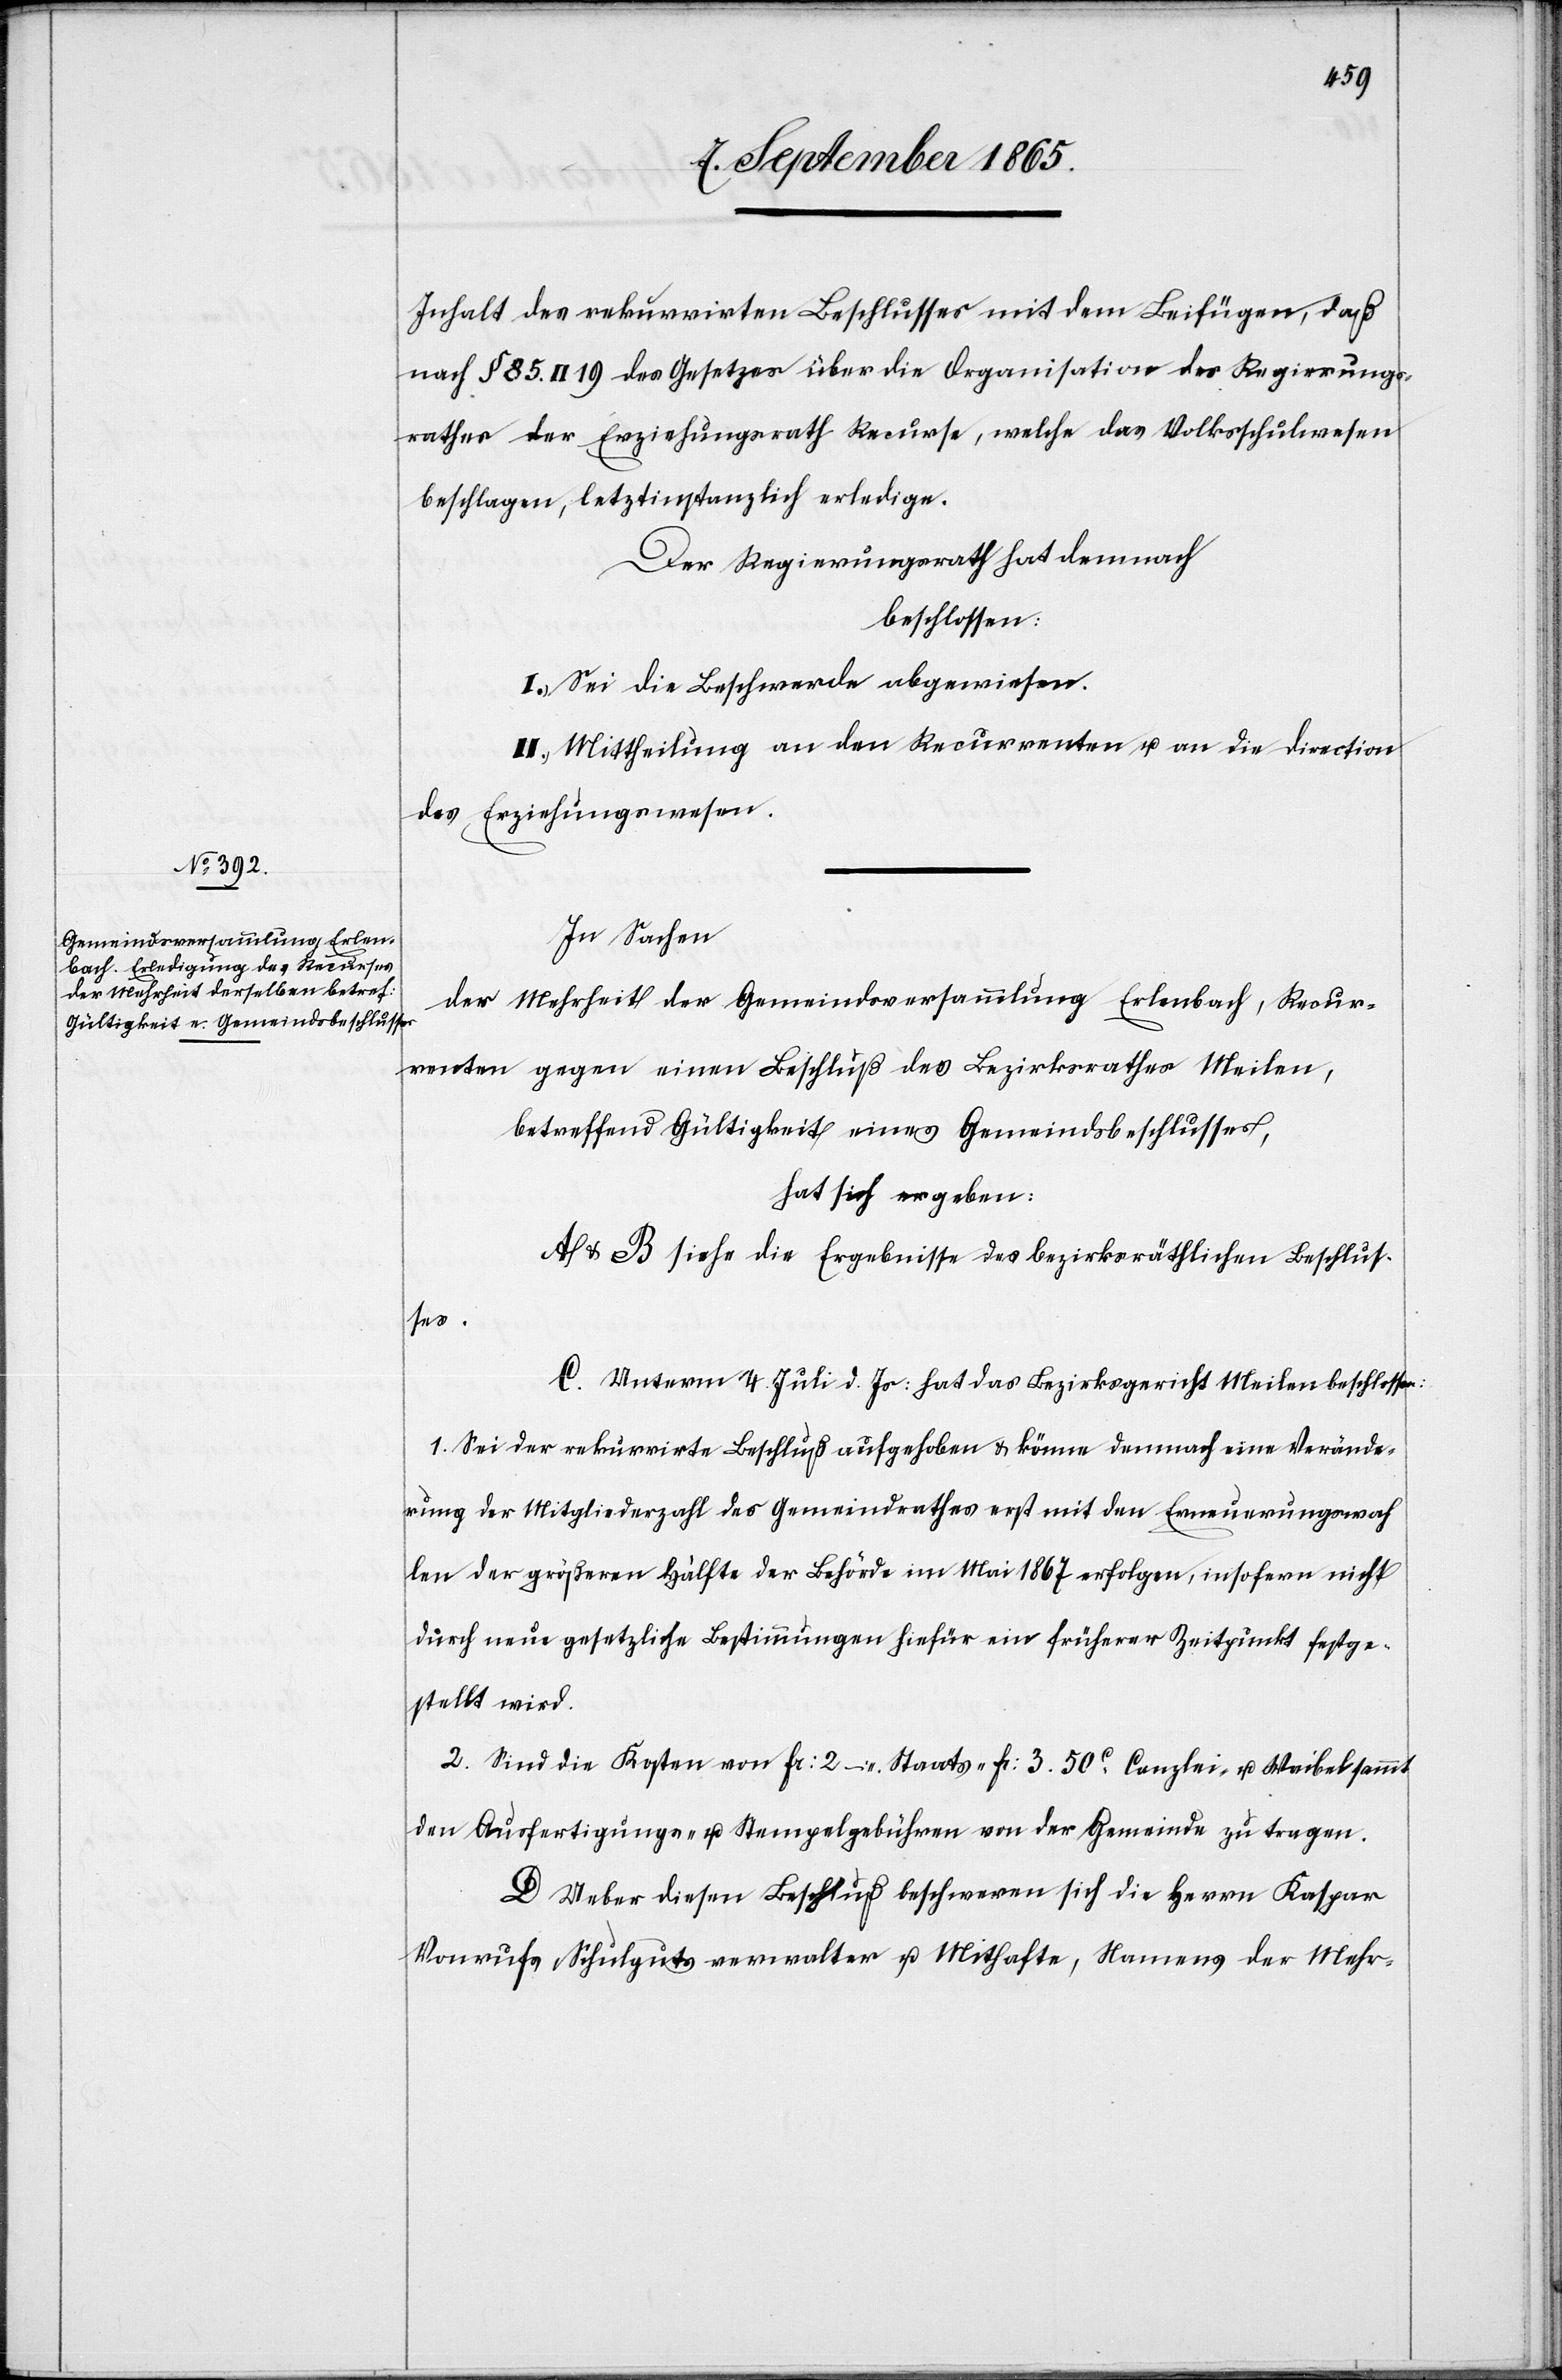
Inhalt des rekurrirten Beschlusses mit dem Beifügen, daß
nach § 85. II 19 des Gesetzes über die Organisation des Regierungs¬
rathes der Erziehungsrath Recurs, welche das Volksschulwesen
beschlagen, letztinstanzlich erledige.
Der Regierungsrath hat demnach
beschlossen:
I. Sei die Beschwerde abgewiesen.
II. Mittheilung an den Recurrenten u. an die Direction
des Erziehungswesens.
In Sachen
der Mehrheit der Gemeindsversammlung Erlenbach, Recur¬
renten gegen einen Beschluß des Bezirksrathes Meilen,
betreffend Gültigkeit eines Gemeindsbeschlusses,
hat sich ergeben:
A & B siehe die Ergebnisse des bezirksräthlichen Beschlus¬
ses.
C. Unterm 4. Juli d. Js: hat das Bezirksgericht Meilen beschlossen:
1. Sei der rekurrirte Beschluß aufgehoben u. könne demnach eine Verände¬
rung der Mitgliederzahl des Gemeindrathes erst mit den Erneuerungswah¬
len der größeren Hälfte der Behörde im Mai 1867 erfolgen, insofern nicht
durch neue gesetzliche Bestimmungen hiefür ein früherer Zeitpunkt festge¬
stellt wird.
2. Sind die Kosten von fr: 2 Staats-[,] fr: 3. 50 c Canzlei- u. Weibel sammt
den Ausfertigungs- u. Stempelgebühren von der Gemeinde zu tragen.
D. Ueber diesen Beschluß beschweren sich die Herrn Kaspar
Vonrufs, Schulgutsverwalter u. Mithafte, Namens der Mehr-